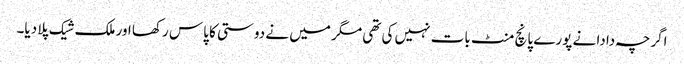
اگرچہ دادا نے پورے پانچ منٹ بات نہیں کی تھی مگر میں نے دوستی کا پاس رکھا اور ملک شیک پلا دیا۔